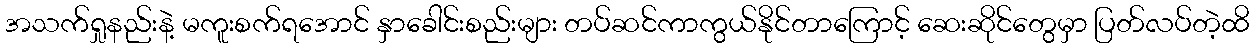
အသက်ရှုနည်းနဲ့ မကူးစက်ရအောင် နှာခေါင်းစည်းများ တပ်ဆင်ကာကွယ်နိုင်တာကြောင့် ဆေးဆိုင်တွေမှာ ပြတ်လပ်တဲ့ထိ